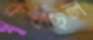
রুধছিল